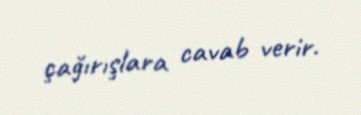
çağırışlara cavab verir.